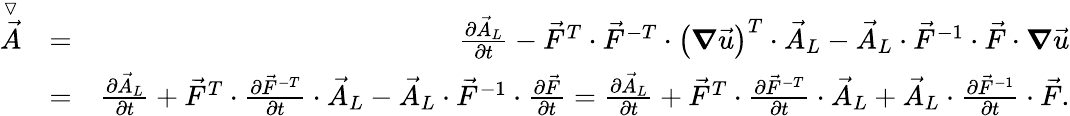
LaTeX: \begin{array}{rlr}{\stackrel{\triangledown}{\vec{A}}}&{=}&{\frac{\partial\vec{A}_{L}}{\partial t}-\vec{F}^{T}\cdot\vec{F}^{-T}\cdot\left(\boldsymbol{\nabla}\vec{u}\right)^{T}\cdot\vec{A}_{L}-\vec{A}_{L}\cdot\vec{F}^{-1}\cdot\vec{F}\cdot\boldsymbol{\nabla}\vec{u}}\\ &{=}&{\frac{\partial\vec{A}_{L}}{\partial t}+\vec{F}^{T}\cdot\frac{\partial\vec{F}^{-T}}{\partial t}\cdot\vec{A}_{L}-\vec{A}_{L}\cdot\vec{F}^{-1}\cdot\frac{\partial\vec{F}}{\partial t}=\frac{\partial\vec{A}_{L}}{\partial t}+\vec{F}^{T}\cdot\frac{\partial\vec{F}^{-T}}{\partial t}\cdot\vec{A}_{L}+\vec{A}_{L}\cdot\frac{\partial\vec{F}^{-1}}{\partial t}\cdot\vec{F}.}\end{array}